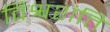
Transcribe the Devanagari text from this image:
विश्वशंति